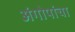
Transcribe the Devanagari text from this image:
अंगोपांचा